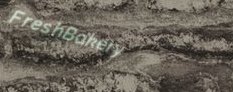
FreshBakery